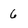
Character: 6